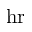
\mathrm { h r }